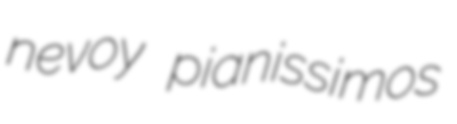
nevoy pianissimos